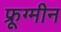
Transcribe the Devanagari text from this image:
फ्रूग्मीन